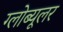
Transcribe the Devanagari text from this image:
ग्लोब्यूलर